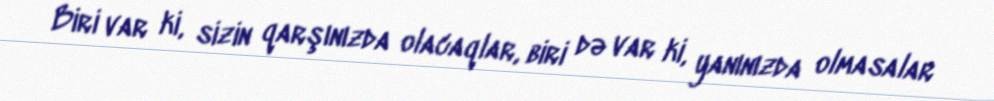
Biri var ki, sizin qarşınızda olacaqlar, biri də var ki, yanınızda olmasalar